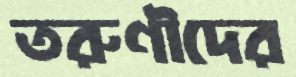
তরুণীদের